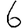
Digit: 6